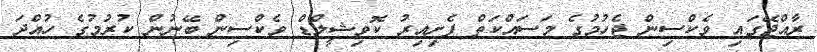
ރާއްޖޭގައި ވެކްސިން ޖެހުމުގެ މަސައްކަތް ފެށިއިރު ކޮވިޝީލްޑް ވެކްސިން ބޭނުން ކުރުމުގެ ހުއްދަ